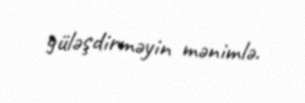
güləşdirməyin mənimlə.